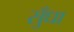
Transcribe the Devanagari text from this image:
सुँधा